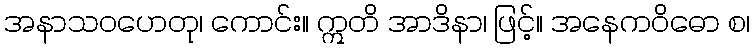
အနာသဝဟေတု၊ ကောင်း။ ဣတိ အာဒိနာ၊ ဖြင့်။ အနေကဝိဓော စ၊